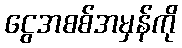
ငွေအစစ်အမှန်ကို